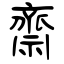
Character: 齋